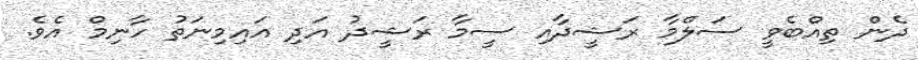
ދެން ތިއްބެވީ ސަލްމާ ރަޝީދާއި ސީމާ ރަޝީދު އަދި އައިމިނަތު ހާނިމް އެވެ.